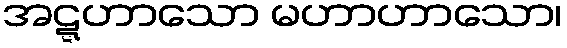
အဋ္ဋဟာသော မဟာဟာသော၊